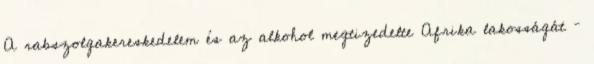
A rabszolgakereskedelem és az alkohol megtizedelte Afrika lakosságát –